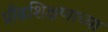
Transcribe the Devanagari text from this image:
प्रौढशिक्षणाच्या